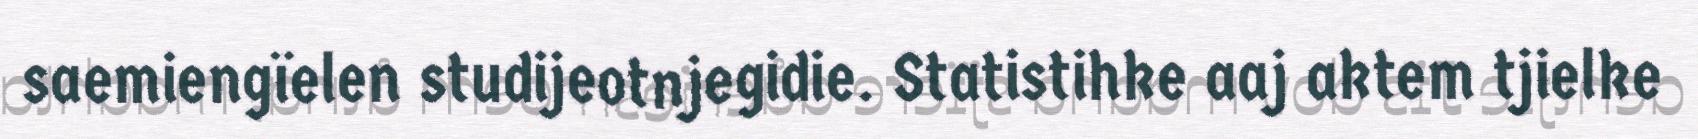
saemiengïelen studijeotnjegidie. Statistihke aaj aktem tjielke